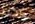
واكثر